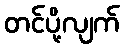
တင်ပို့လျက်